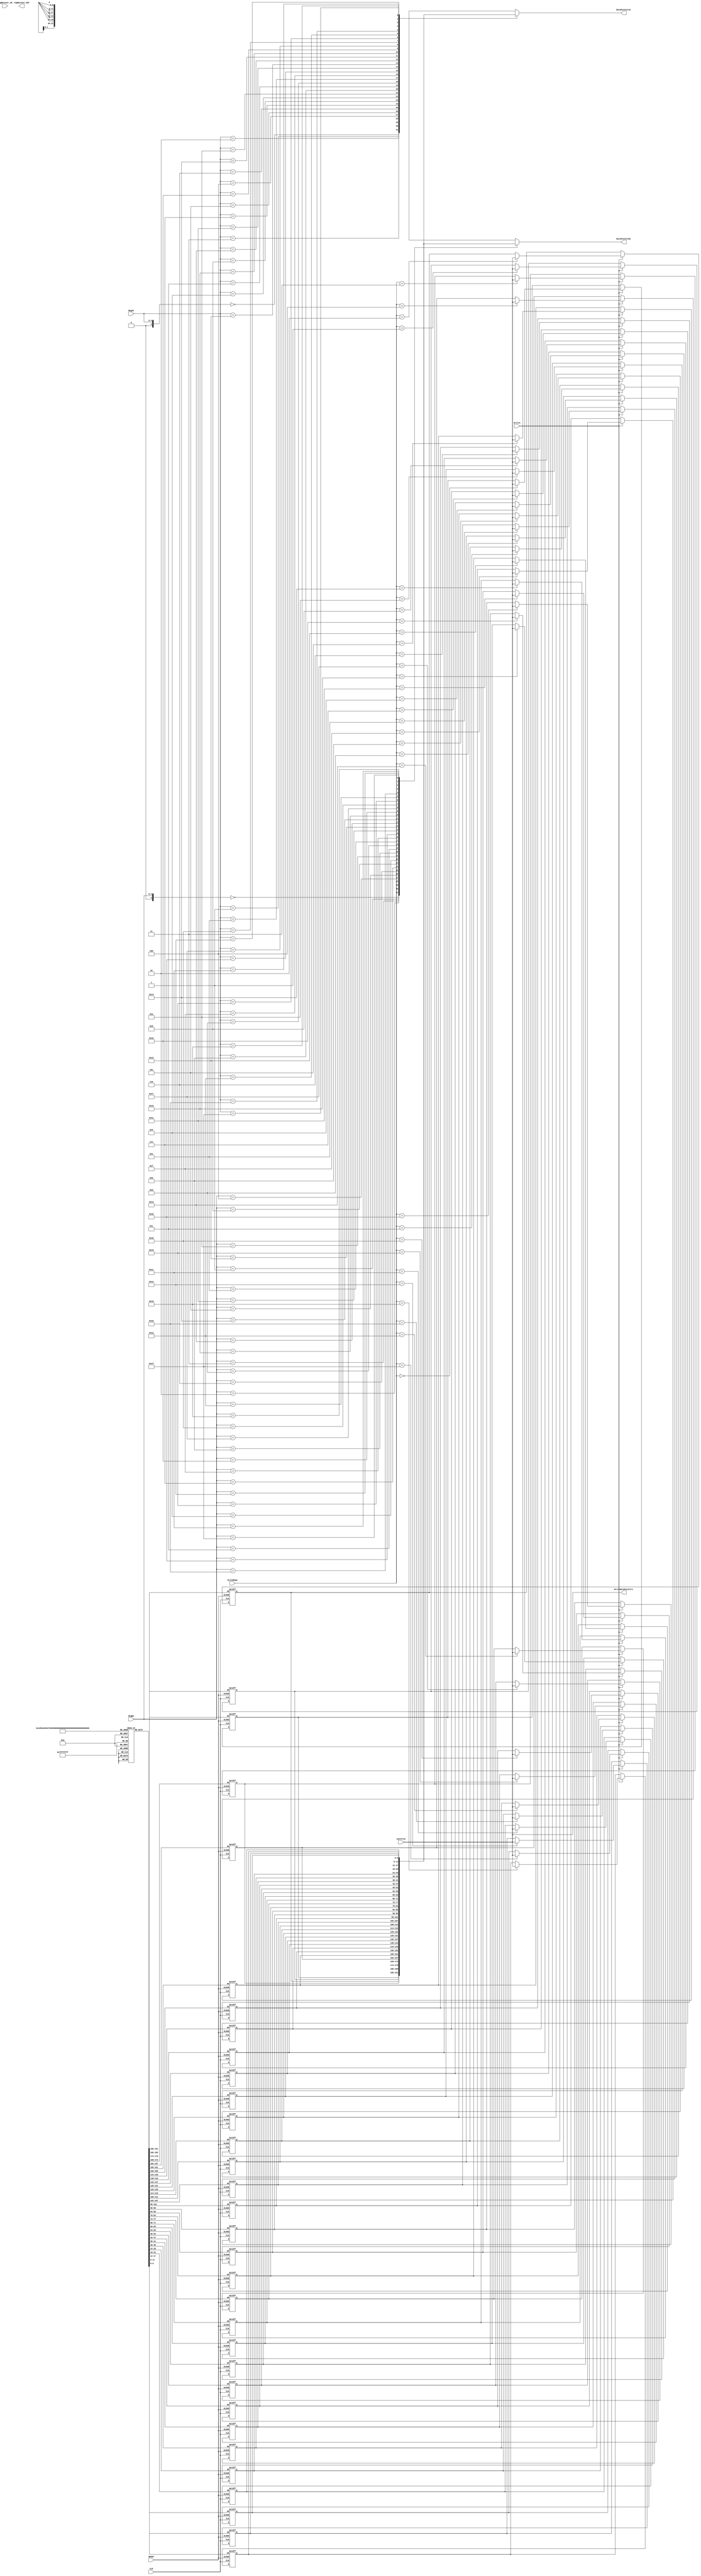
//-----------------------------------------
//           		RAT
//-----------------------------------------

`define LOG_ARCH    $clog2(NUM_ARCH_REGS)
`define LOG_PHYS    $clog2(NUM_PHYS_REGS)

module RAT #(
	/* 
	 * NUM_ARCH_REGS is the number of architectural registers present in the 
	 * RAT. 
	 *
	 * sim_main assumes that the value of LO is stored in architectural 
	 * register 33, and that the value of HI is stored in architectural 
	 * register 34.
	 *
	 * It is left as an exercise to the student to explain why.
	 */
    parameter NUM_ARCH_REGS = 35,
    parameter NUM_PHYS_REGS = 64
    /* Maybe Others? */
)
(	
    input CLK,
    input RESET,
    /*Register A to read*/
    input [4:0] RegA1,
    /*Register B to read*/
    input [4:0] RegB1,
    /*Register C to read*/
    //input [4:0] RegC1,
    /*Value of register A*/
    output [5:0] DataPointerA1,
    /*Value of register B*/
    output [5:0] DataPointerB1,
    /*Value of register C*/
    //output [5:0] DataPointerC1,
    /*Register to write*/
    input [4:0] WriteReg1,
    /*Data to write*/
    output [5:0] WriteDataPointer1,
    /*Actually do it?*/
    input Write1,
    /*Free Physical Register from Free List*/
    input [5:0] nextFree,
	
	input [5:0] regRecover_IN, //[34:0],
	output [5:0] regRecover_OUT// [34:0]  //arrays don't work??
	); 

	// actual RAT memory
	reg [`LOG_PHYS-1:0] regPtrs [NUM_ARCH_REGS-1:0] /*verilator public_flat*/;
	reg [`LOG_PHYS-1:0] regRecover [NUM_ARCH_REGS-1:0]; //??
	
	integer i;
	
	 assign DataPointerA1 = regPtrs[RegA1];
	 assign DataPointerB1 = regPtrs[RegB1];
	 assign WriteDataPointer1 = nextFree;
	 
   always @(posedge CLK or negedge RESET) begin
	if (!RESET) begin
		for(i = 0; i <= 34; i++) begin
			regPtrs[i] <= regRecover[i];
		end
	end else begin
        if (Write1) begin
            regPtrs[WriteReg1] <= nextFree;
        end
	end

end

endmodule